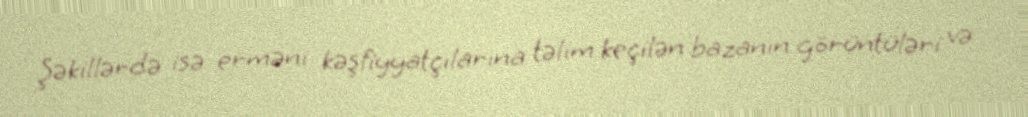
Şəkillərdə isə erməni kəşfiyyatçılarına təlim keçilən bazanın görüntüləri və